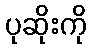
ပုဆိုးကို